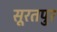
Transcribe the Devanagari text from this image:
सूरतपुर